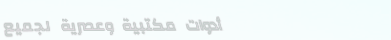
أدوات مكتبية وعصرية لجميع